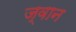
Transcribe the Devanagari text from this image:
ज्वान